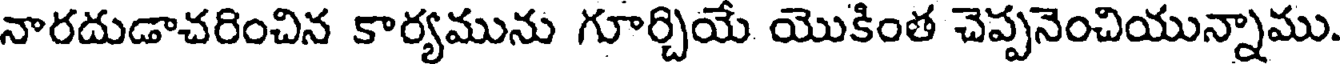
నారదుడాచరించిన కార్యమును గూర్చియే యొకింత చెప్పనెంచియున్నాము.